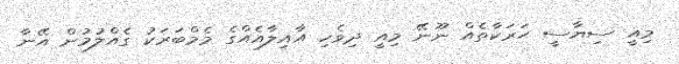
މިއީ ސިޔާސީ ޙަރަކާތެއް ނޫނޭ މިއީ ދިވެހި އާއިލާއެއްގެ މެމްބަރަކު ގެއްލުމުން އޭނާ